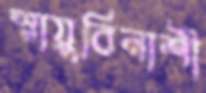
স্নায়ুবিনাশী